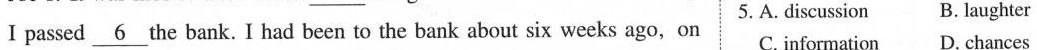
I passed \underline{6} the bank. I had been to the bank about six weeks ago, on 5.A. Discussion B. Laughter